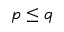
p \leq q